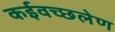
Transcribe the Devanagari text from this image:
कईवच्छलेण